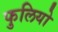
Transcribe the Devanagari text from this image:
फुलियो